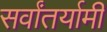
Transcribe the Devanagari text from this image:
सर्वांतर्यामी